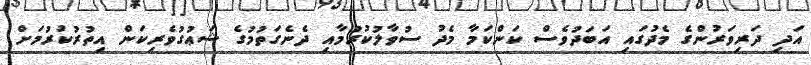
އަދި ދަރިވަރުންގެ މެދުގައި އަބަދުވެސް ކަންކަމާ މެދު ސުވާލުކުރުމާއި ދެނެގަތުމުގެ ޝަޢުގުވެރިކަން އިތުރުކުރުމަށް